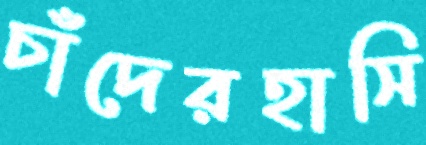
চাঁদেরহাসি